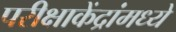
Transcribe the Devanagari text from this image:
परीक्षाकेंद्रांमध्ये